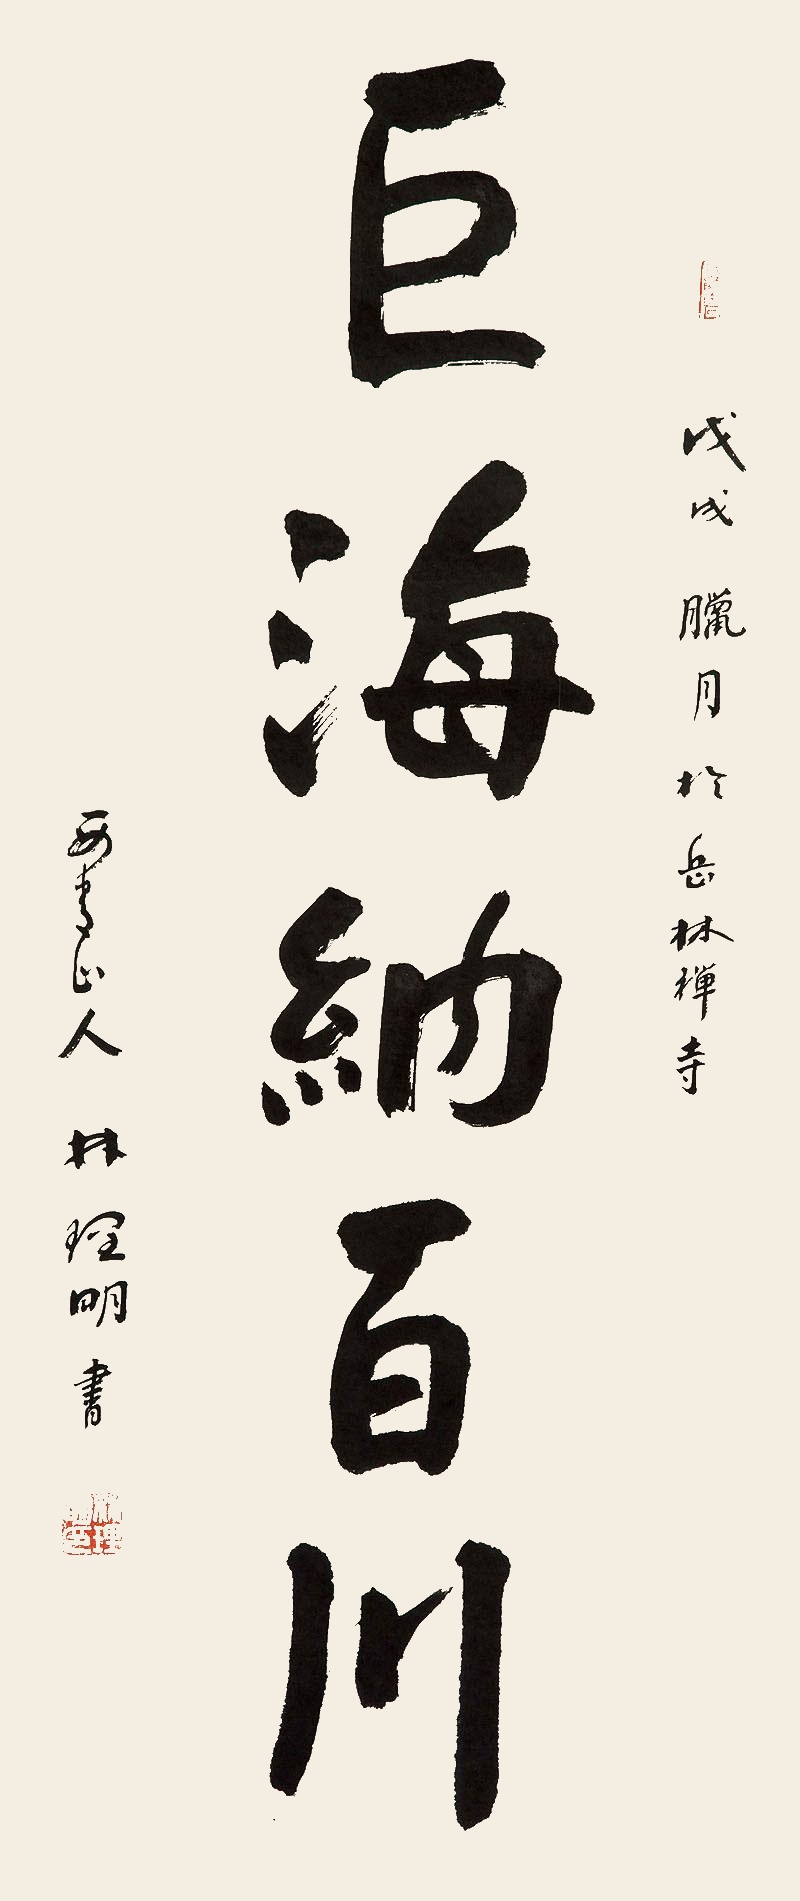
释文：巨海纳百川戊戌腊月于兵林禅寺，西青山人林理明书。